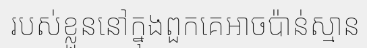
របស់ខ្លួននៅក្នុងពួកគេអាចប៉ាន់ស្មាន